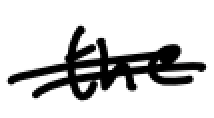
Text: the
Cross-out: double-line
Writing tool: digital_black